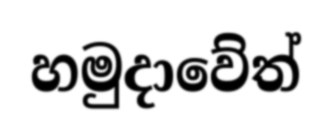
හමුදාවේත්